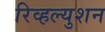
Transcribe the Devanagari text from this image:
रिव्हल्युशन